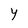
Character: Y